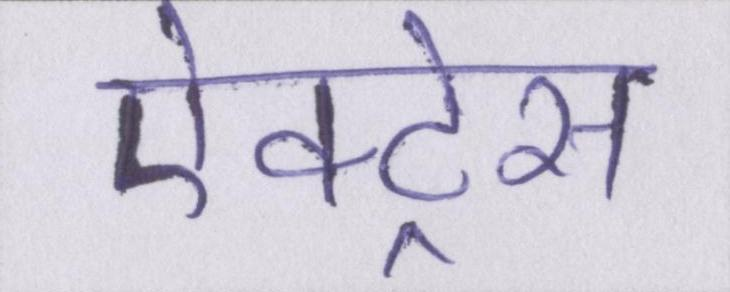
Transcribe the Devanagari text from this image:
ऐक्ट्रेस